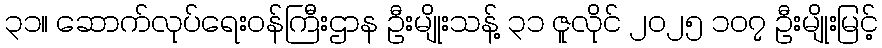
၃၁။ ဆောက်လုပ်ရေးဝန်ကြီးဌာန ဦးမျိုးသန့် ၃၁ ဇူလိုင် ၂၀၂၅ ၁၀၇ ဦးမျိုးမြင့်